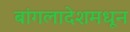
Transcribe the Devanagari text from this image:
बांगलादेशमधून